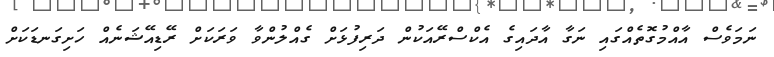
ނަމަވެސް އާއްމުގޮތެއްގައި ނަގާ އާދައިގެ އެކްސްރޭއަކުން ދަރިފުޅަށް ގެއްލުންވާ ވަރަކަށް ރޭޑިއޭޝަނެއް ހަށިގަނޑަކަށް